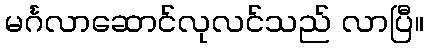
မင်္ဂလာဆောင်လုလင်သည် လာပြီ။